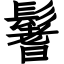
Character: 鬐